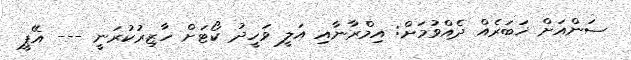
ސަންއަށް ޚަބަރެއް ދެއްވުމަށް: އިމްރާނާއި އަލީ ވަހީދު ކޯޓަށް ހާޒިރުކުރަނީ --- އޭޕީ